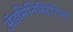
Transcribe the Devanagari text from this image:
अॅडमिनिस्ट्रिटिव्ह